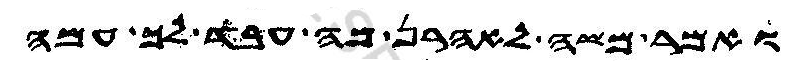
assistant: ואמר משה לאהרן מה עבד לך עמה